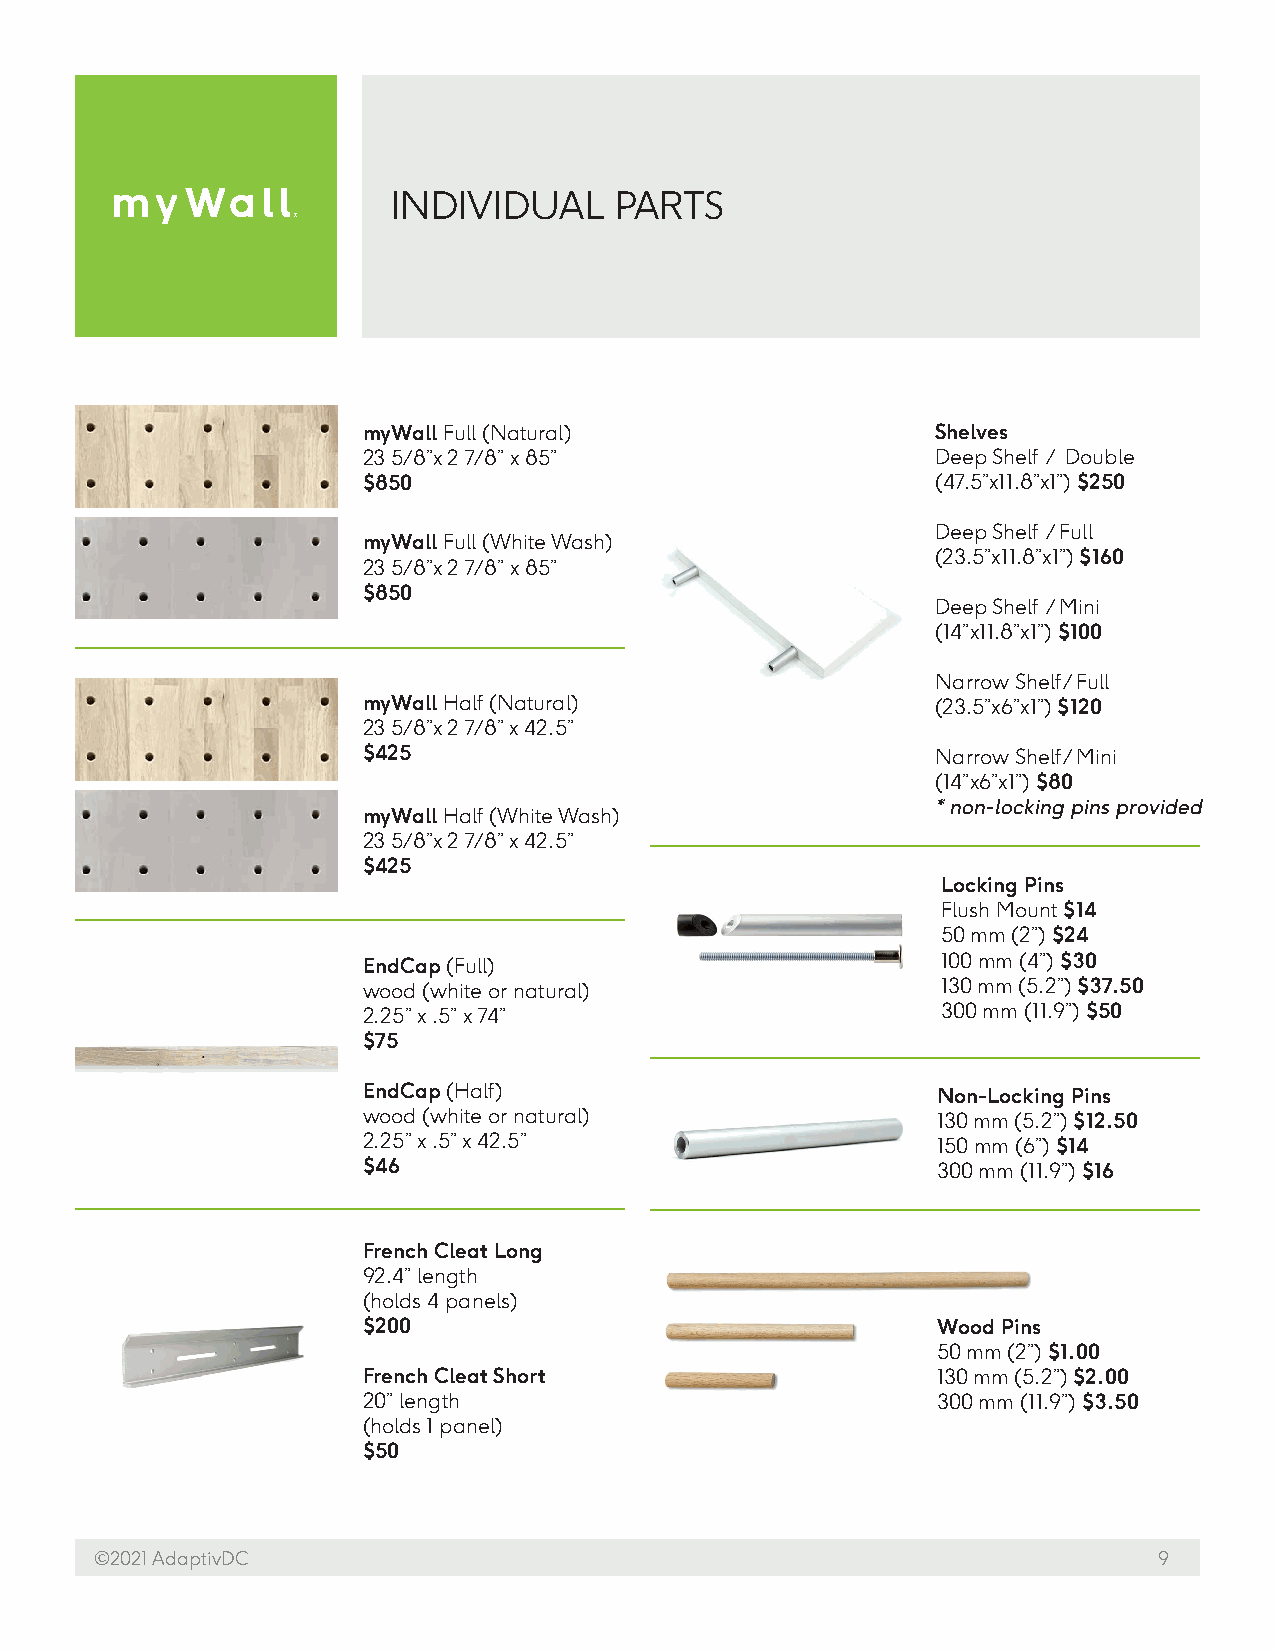
INDIVIDUAL     PARTS
 myWall Full (Natural)                 Shelves
 23 5/8”x 2 7/8” x 85”                 Deep Shelf / Double
 $850                                  (47.5”x11.8”x1”) $250
 Deep Shelf / Full
 myWall Full (White Wash)
 (23.5”x11.8”x1”) $160
 23 5/8”x 2 7/8” x 85”
 $850
 Deep Shelf / Mini
 (14”x11.8”x1”) $100
 Narrow Shelf / Full
 myWall Half (Natural)                 (23.5”x6”x1”) $120
 23 5/8”x 2 7/8” x 42.5”
 $425                                  Narrow Shelf / Mini
 (14”x6”x1”) $80
 * non-locking pins provided
 myWall Half (White Wash)
 23 5/8”x 2 7/8” x 42.5”
 $425
 Locking Pins
 Flush Mount $14
 50 mm (2”) $24
 EndCap (Full)                         100 mm (4”) $30
 wood (white or natural)               130 mm (5.2”) $37.50
 2.25” x .5” x 74”                     300 mm (11.9”) $50
 $75
 EndCap (Half)                         Non-Locking Pins
 wood (white or natural)               130 mm (5.2”) $12.50
 2.25” x .5” x 42.5”                   150 mm (6”) $14
 $46                                   300 mm (11.9”) $16
 French Cleat Long
 92.4” length
 (holds 4 panels)
 $200                                  Wood Pins
 50 mm (2”) $1.00
 French Cleat Short                    130 mm (5.2”) $2.00
 20” length                            300 mm (11.9”) $3.50
 (holds 1 panel)
 $50
 ©2021 AdaptivDC                                                        9